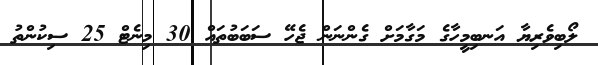
ލޯބިވެރިޔާ އަނބިމީހާގެ މަގާމަށް ގެންނަން ޖެހޭ ސަބަބުތައް 30 މިނެޓް 25 ސިކުންތު